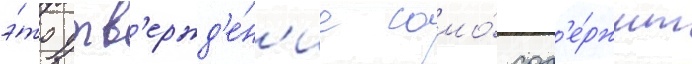
э́то утв'ержд'е́н'ие само́ сод'е́ржит